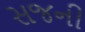
સજની